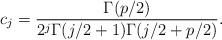
LaTeX: \begin{align*}c_j&= \frac{\Gamma(p/2)}{2^j \Gamma(j/2+1)\Gamma(j/2+p/2)}.\end{align*}